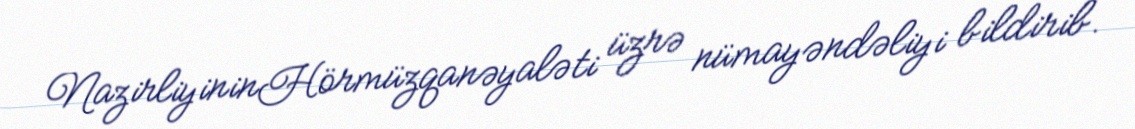
NazirliyininHörmüzqanəyaləti üzrə nümayəndəliyi bildirib.